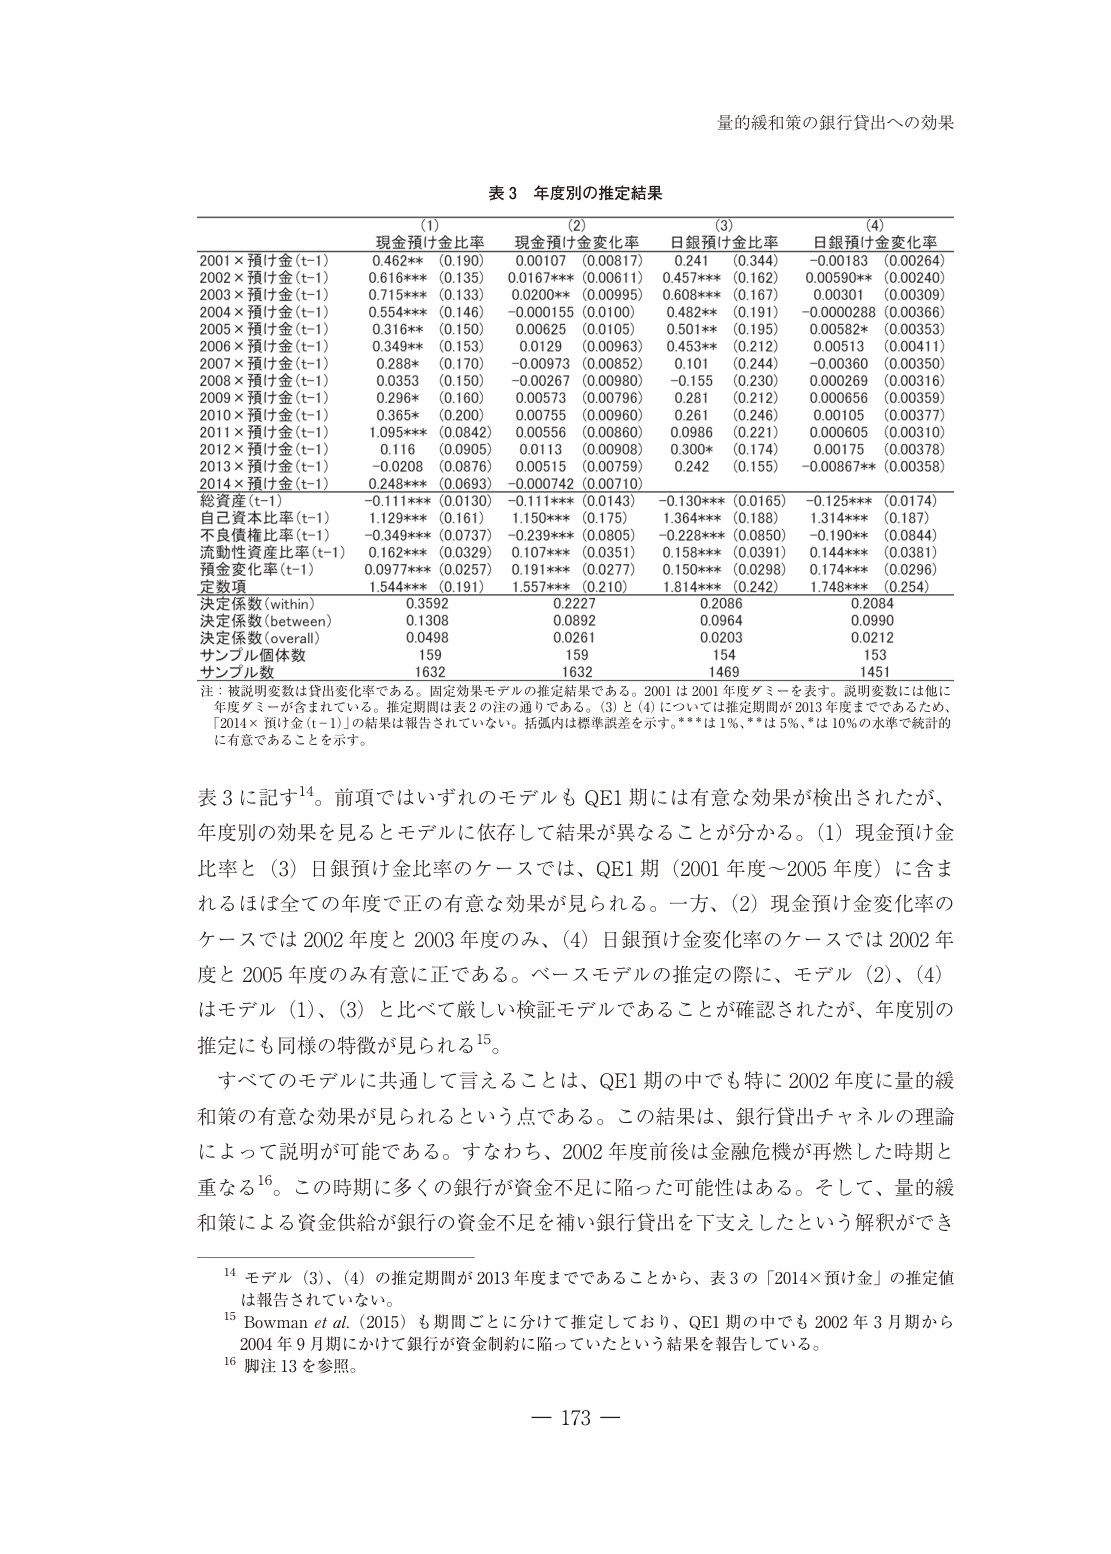
量的緩和策の銀行貸出への効果

表３ 年度別の推定結果

(1) 現金預け金比率
(2) 現金預け金変化率
(3) 日銀預け金比率
(4) 日銀預け金変化率

2001×預け金(t-1) 0.462** (0.190) 0.00107 (0.00817) 0.241 (0.344) -0.00183 (0.00264)
2002×預け金(t-1) 0.616*** (0.135) 0.0167*** (0.00611) 0.457*** (0.162) 0.00590** (0.00240)
2003×預け金(t-1) 0.715*** (0.133) 0.0200** (0.00995) 0.608*** (0.167) 0.00301 (0.00309)
2004×預け金(t-1) 0.554*** (0.146) -0.000155 (0.0100) 0.482** (0.191) -0.0000288 (0.00366)
2005×預け金(t-1) 0.316** (0.150) 0.00625 (0.0105) 0.501** (0.195) 0.00582* (0.00353)
2006×預け金(t-1) 0.349** (0.153) 0.0129 (0.00963) 0.453** (0.212) 0.00513 (0.00411)
2007×預け金(t-1) 0.288* (0.170) -0.00973 (0.00852) 0.101 (0.244) -0.00360 (0.00350)
2008×預け金(t-1) 0.0353 (0.150) -0.00267 (0.00980) -0.155 (0.230) 0.00269 (0.00316)
2009×預け金(t-1) 0.296* (0.160) 0.00573 (0.00796) 0.281 (0.212) 0.000656 (0.00359)
2010×預け金(t-1) 0.365* (0.200) 0.00755 (0.00960) 0.261 (0.246) 0.00105 (0.00377)
2011×預け金(t-1) 1.095*** (0.0842) 0.00556 (0.00860) 0.0986 (0.221) 0.000605 (0.00310)
2012×預け金(t-1) 0.116 (0.0905) 0.0113 (0.00908) 0.300* (0.174) 0.00175 (0.00378)
2013×預け金(t-1) -0.0208 (0.0876) 0.00515 (0.00759) 0.242 (0.155) -0.00867** (0.00358)
2014×預け金(t-1) 0.248*** (0.0693) -0.000742 (0.00710)

総資産(t-1) -0.111*** (0.0130) -0.111*** (0.0143) -0.130*** (0.0165) -0.125*** (0.0174)
自己資本比率(t-1) 1.129*** (0.161) 1.150*** (0.175) 1.364*** (0.188) 1.314*** (0.187)
不良債権比率(t-1) -0.349*** (0.0737) -0.239*** (0.0805) -0.228*** (0.0850) -0.190** (0.0844)
流動性資産比率(t-1) 0.162*** (0.0329) 0.107*** (0.0351) 0.158*** (0.0391) 0.144*** (0.0381)
預金変化率(t-1) 0.0977*** (0.0257) 0.191*** (0.0277) 0.150*** (0.0298) 0.174*** (0.0296)
定数項 1.544*** (0.191) 1.557*** (0.210) 1.814*** (0.242) 1.748*** (0.254)

決定係数(within) 0.3592 0.2227 0.2086 0.2084
決定係数(between) 0.1308 0.0892 0.0964 0.0990
決定係数(overall) 0.0498 0.0261 0.0203 0.0212
サンプル個体数 159 159 154 153
サンプル数 1632 1632 1469 1451

注：被説明変数は貸出変化率である。固定効果モデルの推定結果である。2001は2001年度ダミーを表す。説明変数には他に年度ダミーが含まれている。推定期間は表2の注の通りである。(3)と(4)については推定期間が2013年度までであるため、「2014×預け金(t-1)」の結果は報告されていない。括弧内は標準誤差を示す。***は1%、**は5%、*は10%の水準で統計的に有意であることを示す。

表３に記す14。前項ではいずれのモデルもQE1期には有意な効果が検出されたが、年度別の効果を見るとモデルに依存して結果が異なることが分かる。(1)現金預け金比率と(3)日銀預け金比率のケースでは、QE1期（2001年度～2005年度）に含まれるほぼ全ての年度で正の有意な効果が見られる。一方、(2)現金預け金変化率のケースでは2002年度と2003年度のみ、(4)日銀預け金変化率のケースでは2002年度と2005年度のみ有意に正である。ベースモデルの推定の際に、モデル(2)、(4)はモデル(1)、(3)と比べて厳しい検証モデルであることが確認されたが、年度別の推定にも同様の特徴が見られる15。

すべてのモデルに共通して言えることは、QE1期の中でも特に2002年度に量的緩和策の有意な効果が見られるという点である。この結果は、銀行貸出チャネルの理論によって説明が可能である。すなわち、2002年度前後は金融危機が再燃した時期と重なる16。この時期に多くの銀行が資金不足に陥った可能性はある。そして、量的緩和策による資金供給が銀行の資金不足を補い銀行貸出を下支えしたという解釈ができる。

14 モデル(3)、(4)の推定期間が2013年度までであることから、表3の「2014×預け金」の推定値は報告されていない。
15 Bowman et al. (2015)も期間ごとに分けて推定しており、QE1期の中でも2002年3月期から2004年9月期にかけて銀行が資金制約に陥っていたという結果を報告している。
16 脚注13を参照。

— 173 —